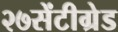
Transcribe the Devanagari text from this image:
२७सेंटीग्रेड